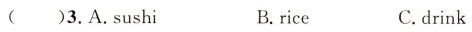
( )3.A.sushi B.rice C.drink